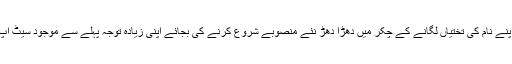
خیبر پختونخواہ حکومت نے ایک تو روایت سے ہٹ کر یہ کام کیا کہ اپنے نام کی تختیاں لگانے کے چکر میں دھڑا دھڑ نئے منصوبے شروع کرنے کی بجائے اپنی زیادہ توجہ پہلے سے موجود سیٹ اپ کو بہتر کرنے اور موجود سہولیات کو اپ گریڈ کرنے پر صرف کی۔